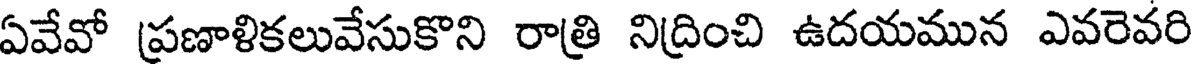
ఏవేవో ప్రణాళికలువేసుకొని రాత్రి నిద్రించి ఉదయమున ఎవరెవరి